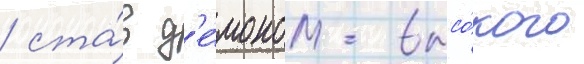
/ ста́в д'е́моном высо́кого